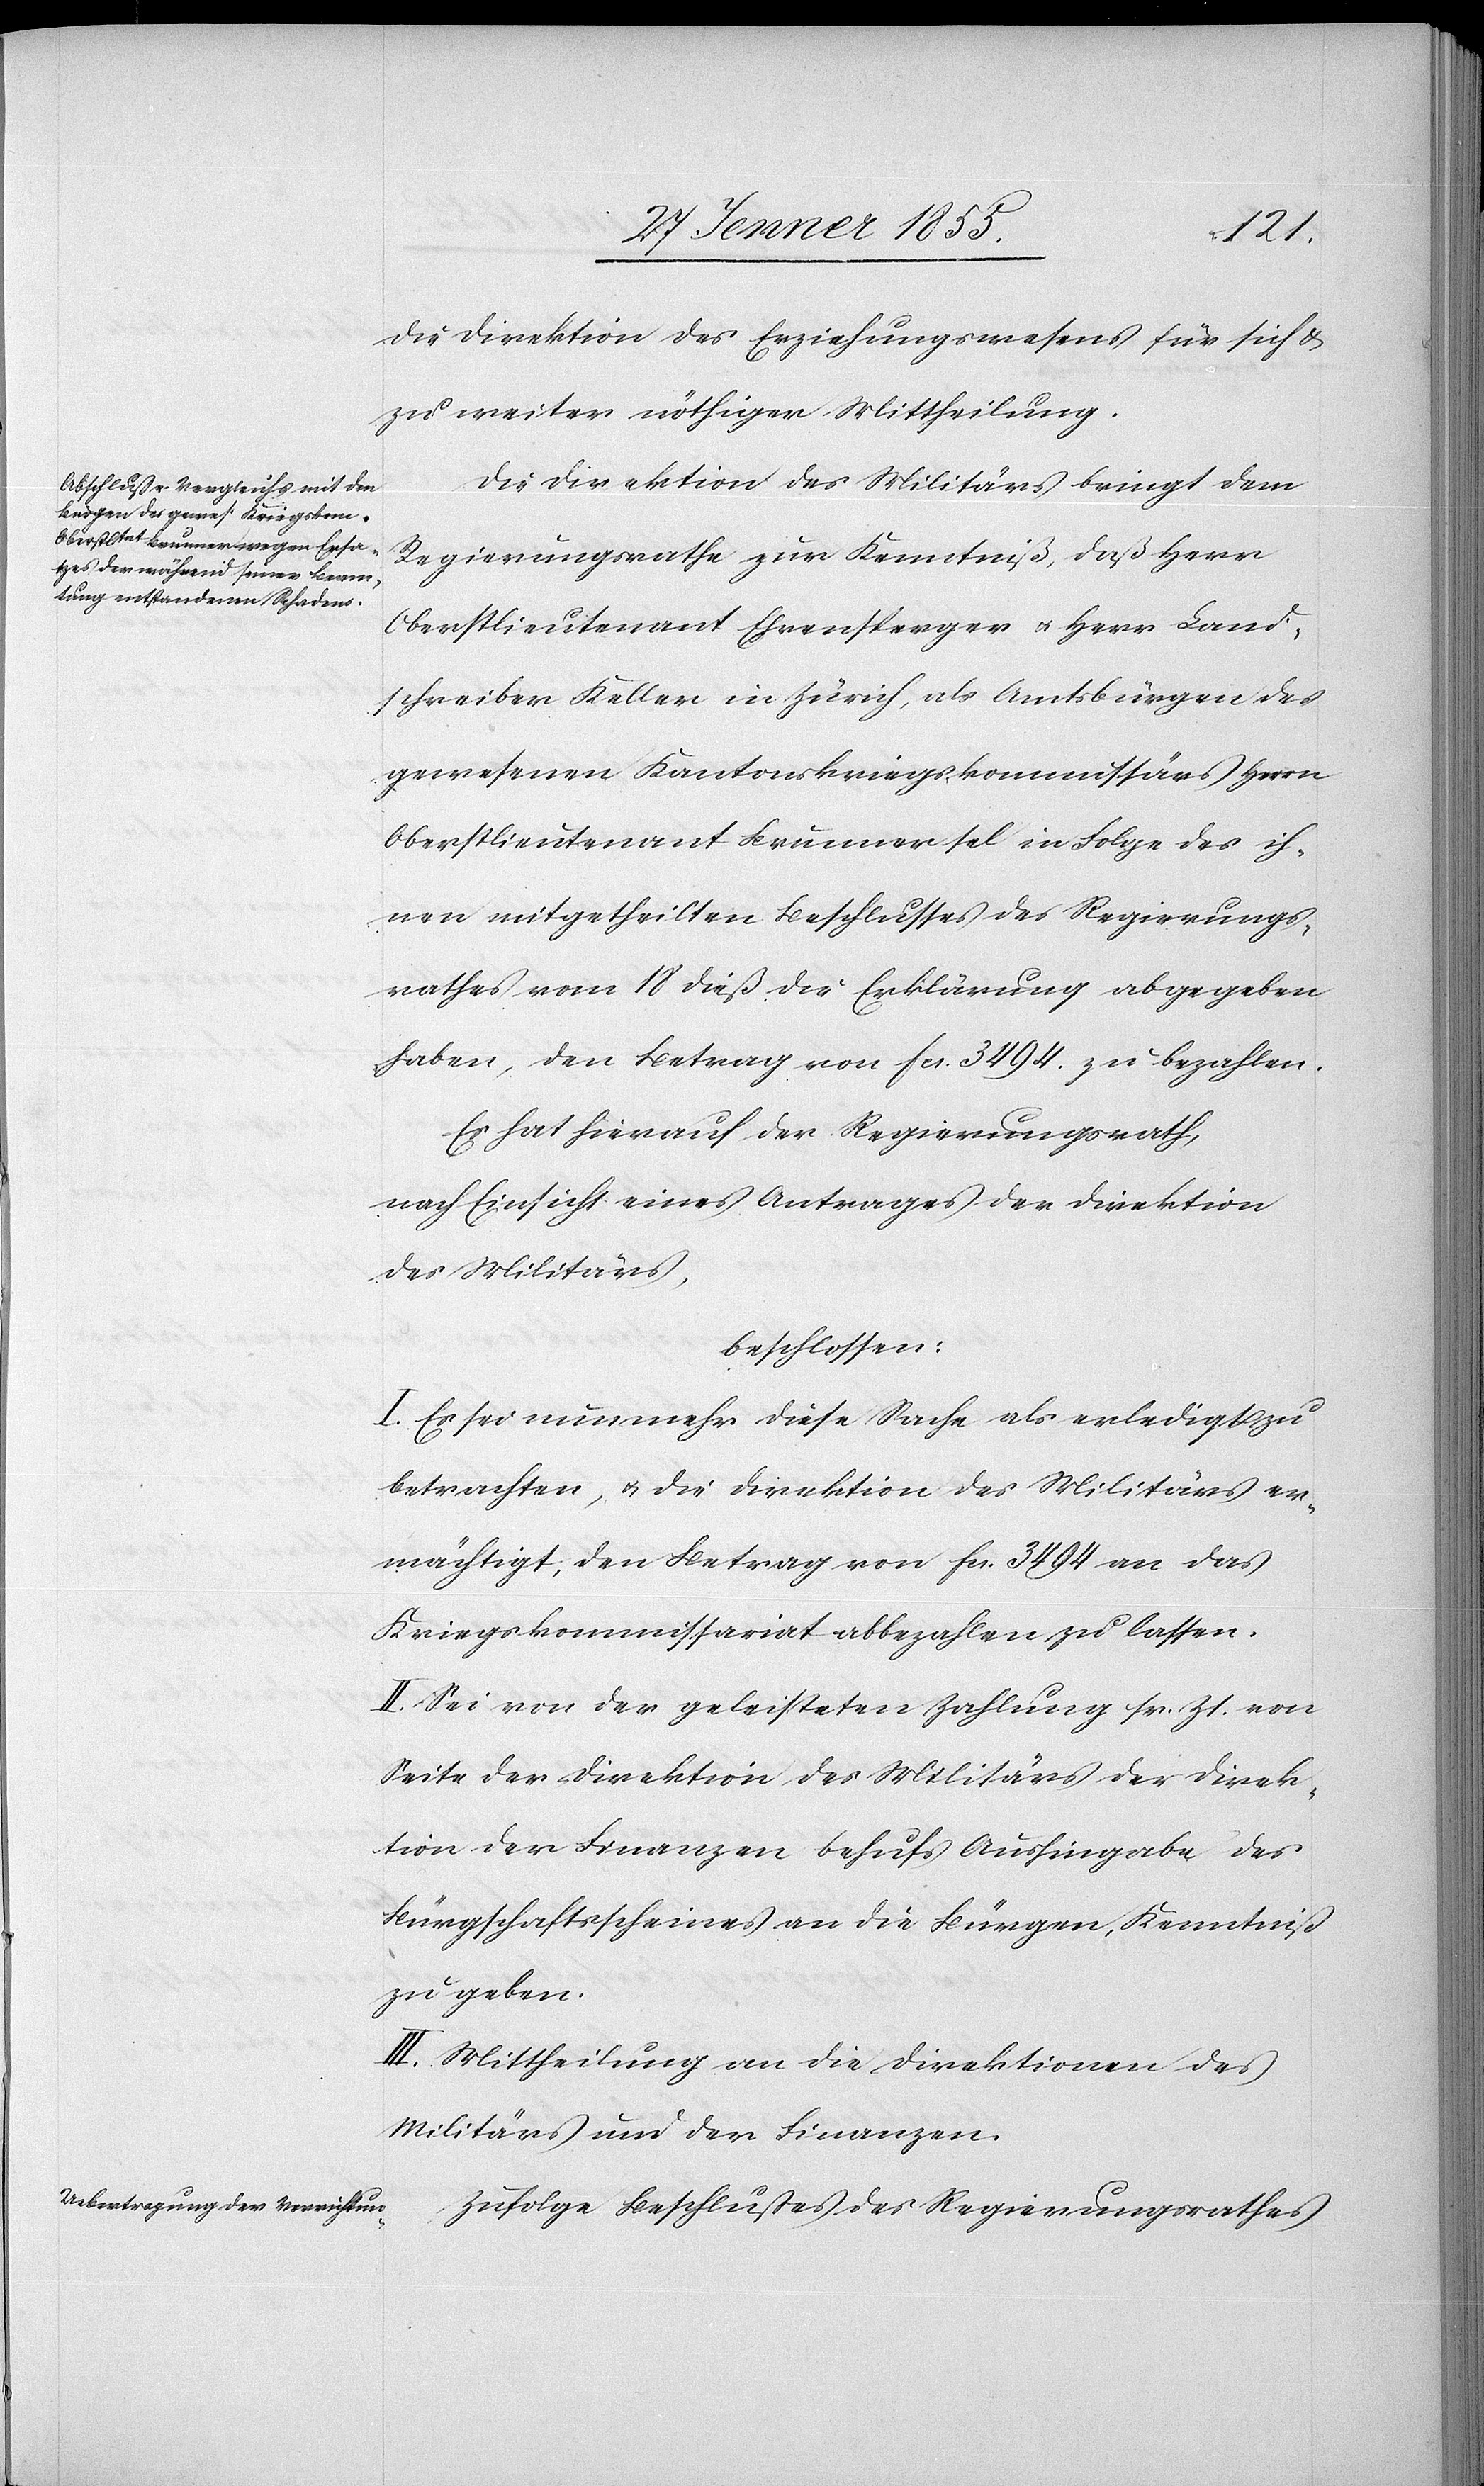
die Direktion des Erziehungswesens für sich &
zu weiter nöthiger Mittheilung.
Die Direktion des Militärs bringt dem
Regierungsrathe zur Kenntniß, daß Herr
Oberstlieutenant Ehrensperger & Herr Land¬
schreiber Keller in Zürich, als Amtsbürgen des
gewesenen Kantonskriegskommissärs Herrn
Oberstlieutenant Brunner sel in Folge des ih¬
nen mitgetheilten Beschlusses des Regierungs¬
rathes vom 18 dieß die Erklärung abgegeben
haben, den Betrag von Fcs. 3494. zu bezahlen.
Es hat hierauf der Regierungsrath,
nach Einsicht eines Antrages der Direktion
des Militärs,
beschlossen:
I. Es sei nunmehr diese Sache als erledigt zu
betrachten, & die Direktion des Militärs er¬
mächtigt, den Betrag von Fcs. 3494 an das
Kriegskommissariat abbezahlen zu lassen.
II. Sei von der geleisteten Zahlung sr. Zt. von
Seite der Direktion des Militärs der Direk¬
tion der Finanzen behufs Aushingabe des
Bürgschaftsscheines an die Bürgen, Kenntniß
zu geben.
III. Mittheilung an die Direktionen des
Militärs und der Finanzen.
Zufolge Beschlusses des Regierungsrathes